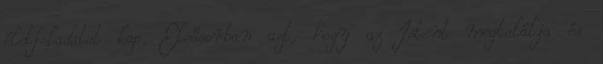
életfeladatot kap. Elsősorban azt, hogy az Istent megtalálja és